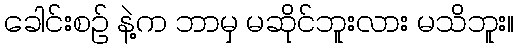
ခေါင်းစဉ် နဲ့က ဘာမှ မဆိုင်ဘူးလား မသိဘူး။